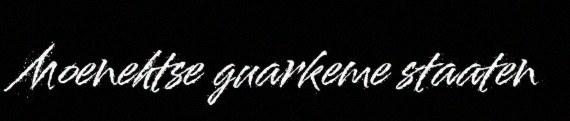
Moenehtse guarkeme staaten